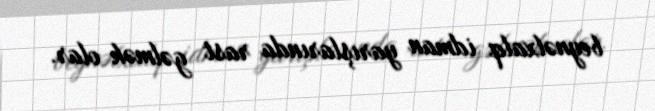
beynəlxalq idman yarışlarında rast gəlmək olar.